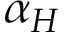
\alpha _ { H }